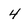
Character: 4